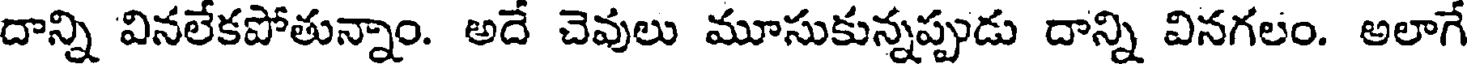
దాన్ని వినలేకపోతున్నాం. అదే చెవులు మూసుకున్నప్పుడు దాన్ని వినగలం. అలాగే